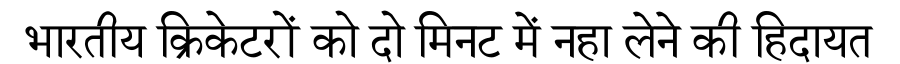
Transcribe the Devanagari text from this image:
भारतीय क्रिकेटरों को दो मिनट में नहा लेने की हिदायत